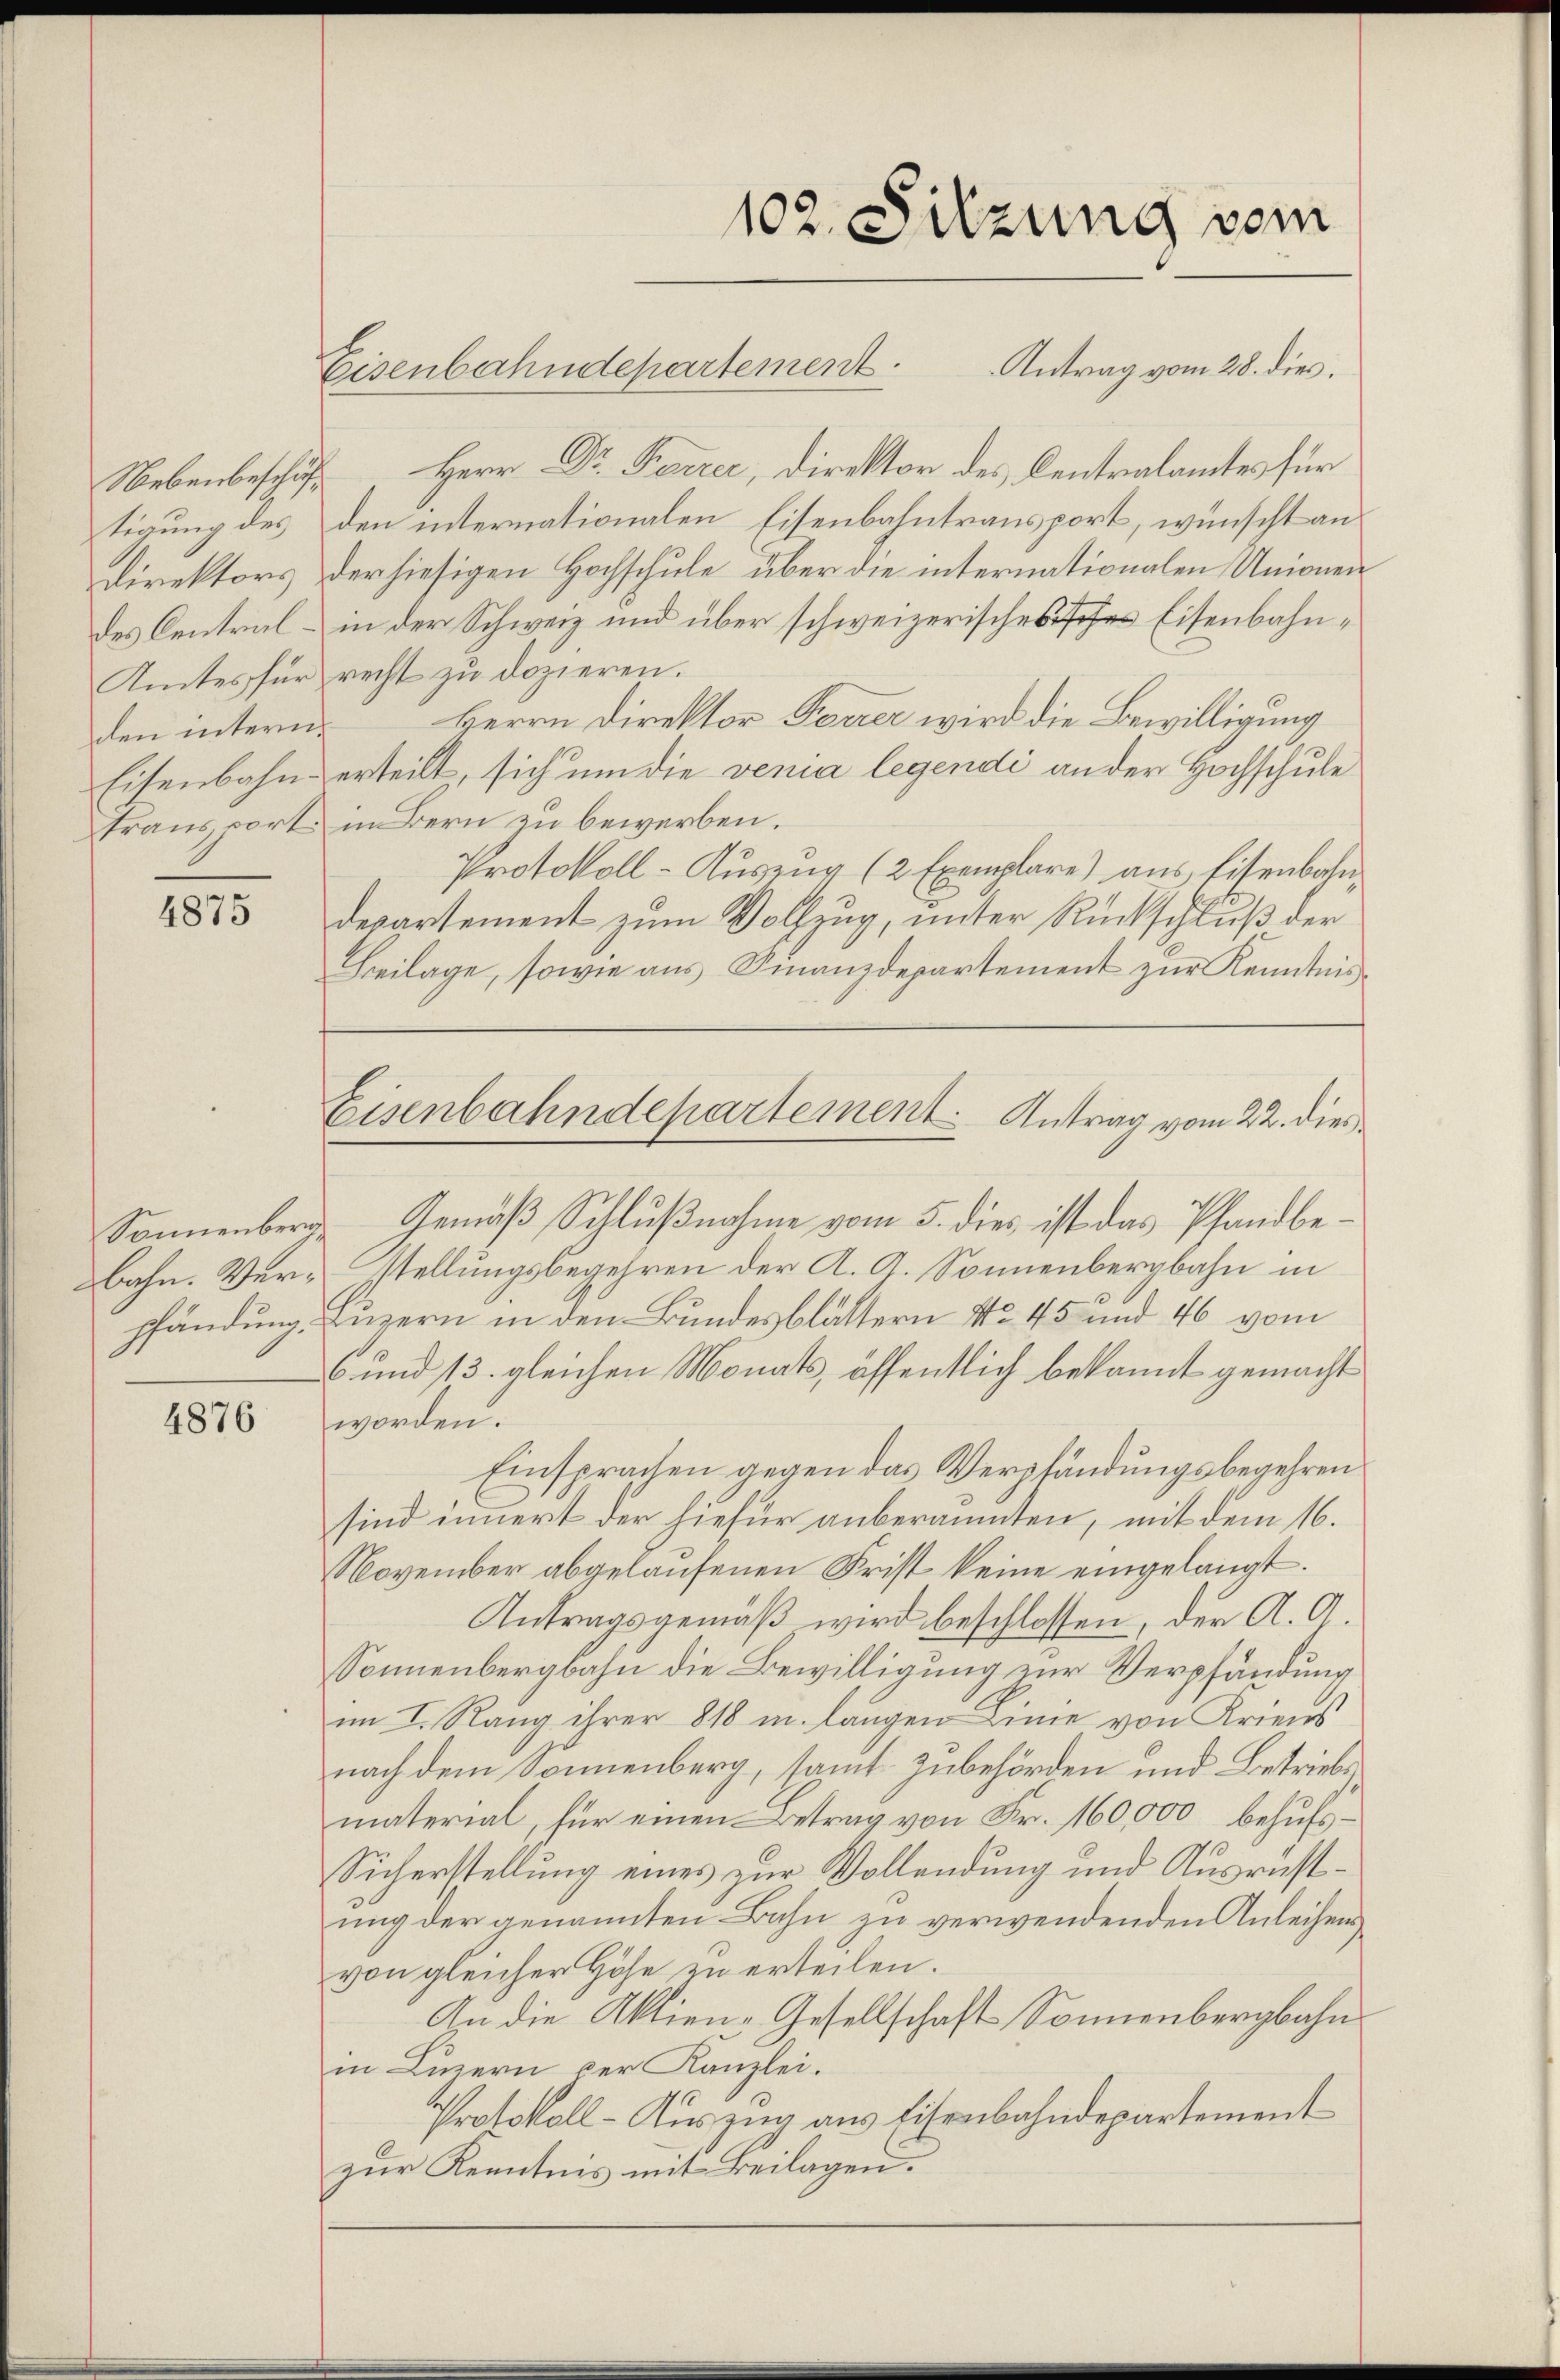
tigung des
Direktors
des Centralden interm

4875

pfändung.

4876

Eisenbahndepartement. Antrag vom 28. dies
Nebenbeschuf Herr Dr. Ferrer, Direktor des Centralamtes für
den internationalen Eisenbahntransport, wünscht an
der hiesigen Hochschule, über die internationalen Unionenin der Schweiz und über schweizerisches des Eisenbahn¬
Amtes für recht zu dozieren.
Herrn Direktor Feurer wird die Bewilligung
Eisenbahn erteilt, sich um die venia legendi an der Hochschule
transport in Bern zu bewerben.
Protokoll-Auszug (2 Exemplare) aus Eisenbahndepartement zum Vollzug, unter Rückschluß der
Beilage, sowie aŭs Finanzdepartement zŭr Kenntnis
Sonnenberg, Gemäβ Schlŭβnahme vom 5. dies ist das Pfandbebahn. Ver-Stellungsbegehren der A. A. Sonnenbergbahn in
Luzern in den Bundesblättern No 45 und 46 vom
6. und 13. gleichen Monats, öffentlich bekannt gemacht
worden.
Einsprachen gegen das Verpfändungsbegehren
sind innert der hiefür anberaumten, mit dem 16.
November abgelaufenen Frist keine eingelangt.
Antragsgemäß wird beschlossen, der A. G.
Sonnenbergbahn die Bewilligung zur Verpfändung
im I. Rang ihrer 818 m langen Linie von Kriens
nach dem Sonnenberg, samt Zubehörden und Betriebs
material, für einen Betrag von Fr. 160,000 behufs¬
Sicherstellung eines zur Vollendung und Ausrichtung der genannten Bahn zu verwendenden Anleihen
von gleicher Höhe zu erteilen.
An die Aktien-Gesellschaft Sonnenbergbahn
in Linern der Kanzlei.
Protokoll-Auszug aus Eisenbahndepartement
zur Kenntnis mit Beilagen.

102. Sitzung vom

Eisenbahndepartement. Antrag vom 22. dies